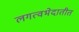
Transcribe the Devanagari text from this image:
लगत्वभेदातीत